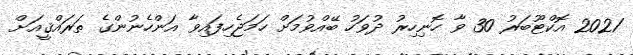
2021 އޮކްޓޫބަރު 30 ވާ ހޮނިހިރު ދުވަހު ބޭއްވުމަށް ހަމަޖެހިފައިވާ އަންހެނުންގެ ތަރައްޤީއަށް